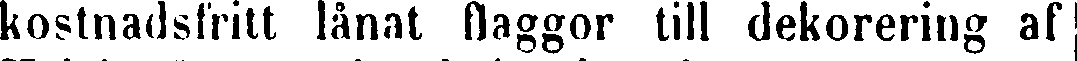
kostnadsfritt lånat flaggor till dekorering af